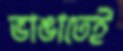
ভাঙাতেই